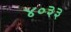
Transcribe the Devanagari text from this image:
४०३३